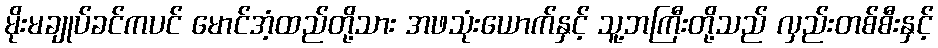
မိုးမချုပ်ခင်ကပင် မောင်အံ့ထည်တို့သား အဖသုံးယောက်နှင့် သူ့ဘကြီးတို့သည် လှည်းတစ်စီးနှင့်